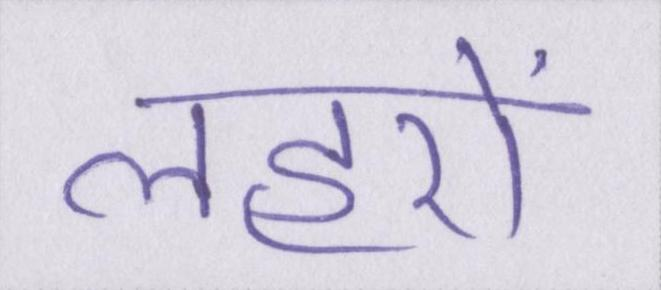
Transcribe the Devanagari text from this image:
लहरों